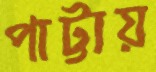
পাট্টায়